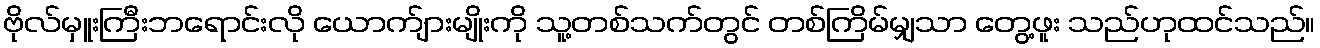
ဗိုလ်မှူးကြီးဘရောင်းလို ယောက်ျားမျိုးကို သူ့တစ်သက်တွင် တစ်ကြိမ်မျှသာ တွေ့ဖူး သည်ဟုထင်သည်။